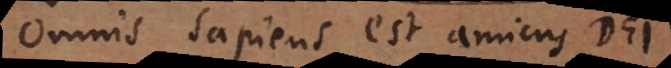
Omnis sapiens est amicus Dei.